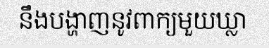
នឹងបង្ហាញនូវពាក្យមួយឃ្លា